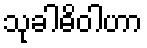
သုခါဓိဝါဟာ